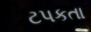
ટપકતા